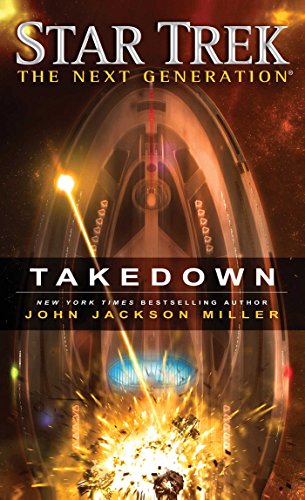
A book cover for Star Trek: The Next Generation: Takedown; John Jackson Miller; Science Fiction & Fantasy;